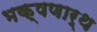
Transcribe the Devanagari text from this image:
भक्षणार्थ